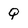
Character: Q